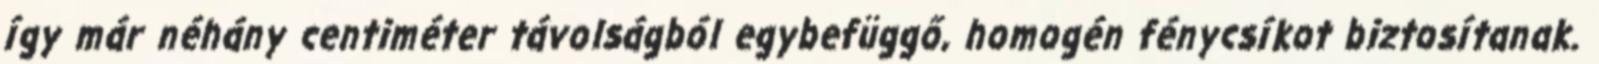
így már néhány centiméter távolságból egybefüggő, homogén fénycsíkot biztosítanak.